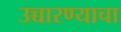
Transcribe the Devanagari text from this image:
उच्चारण्याचा